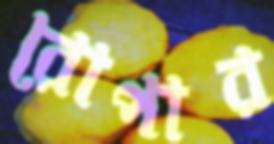
রোপার